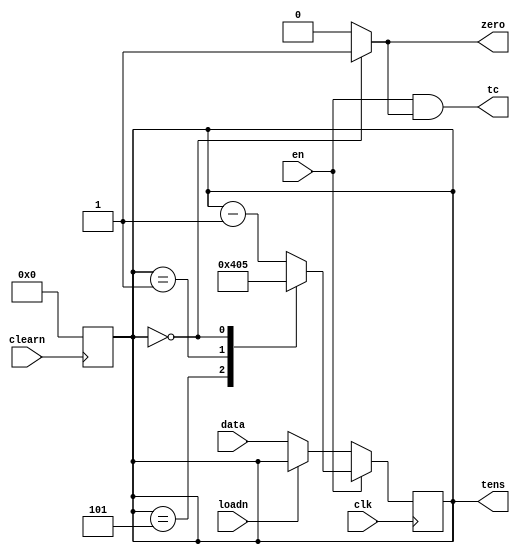
module contador_mod_6(data, clk, loadn, en, clearn, tens, tc, zero);
  input wire [3:0] data;
  input wire clk, loadn, en, clearn;
  output reg [3:0] tens;
  output wire tc;
  output wire zero;

  always @ (negedge clearn)
  begin
    tens = 4'b0000;
  end

  assign zero = (tens == 4'b0000) ? 1'b1 : 1'b0;
  assign tc = en & zero;

  always @ (posedge clk)
  begin
    if (en) 
      case (tens)
        4'b0101: begin
          tens <= 4'b0100;
        end // 5 -> 4
        4'b0001: begin 
          tens <= 4'b0000;
        end  // 1 -> 0
        4'b0000: begin
          tens <= 4'b0101;
        end // 0 -> 5
        default: tens <= tens - 4'b0001;
      endcase

    else begin

      if(!loadn)
        tens <= data;
    end
  end
endmodule